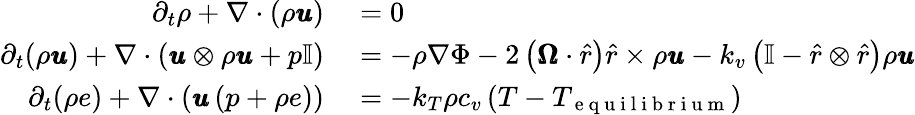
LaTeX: \begin{array}{rl}{\partial_{t}\rho+\nabla\cdot\left(\rho\pmb{u}\right)}&{{}=0}\\ {\partial_{t}(\rho\pmb{u})+\nabla\cdot\left(\pmb{u}\otimes\rho\pmb{u}+p\mathbb{I}\right)}&{{}=-\rho\nabla\Phi-2\left(\pmb{\Omega}\cdot\hat{r}\right)\hat{r}\times\rho\pmb{u}-k_{v}\left(\mathbb{I}-\hat{r}\otimes\hat{r}\right)\rho\pmb{u}}\\ {\partial_{t}(\rho e)+\nabla\cdot\left(\pmb{u}\left(p+\rho e\right)\right)}&{{}=-k_{T}\rho c_{v}\left(T-T_{\mathrm{~e~q~u~i~l~i~b~r~i~u~m~}}\right)}\end{array}